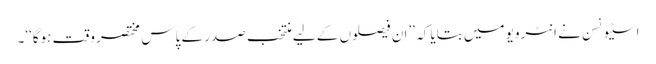
اسٹیونسن نے انٹرویو میں بتایا کہ ’’ان فیصلوں کے لیے منتخب صدر کے پاس مختصر وقت ہوگا‘‘۔